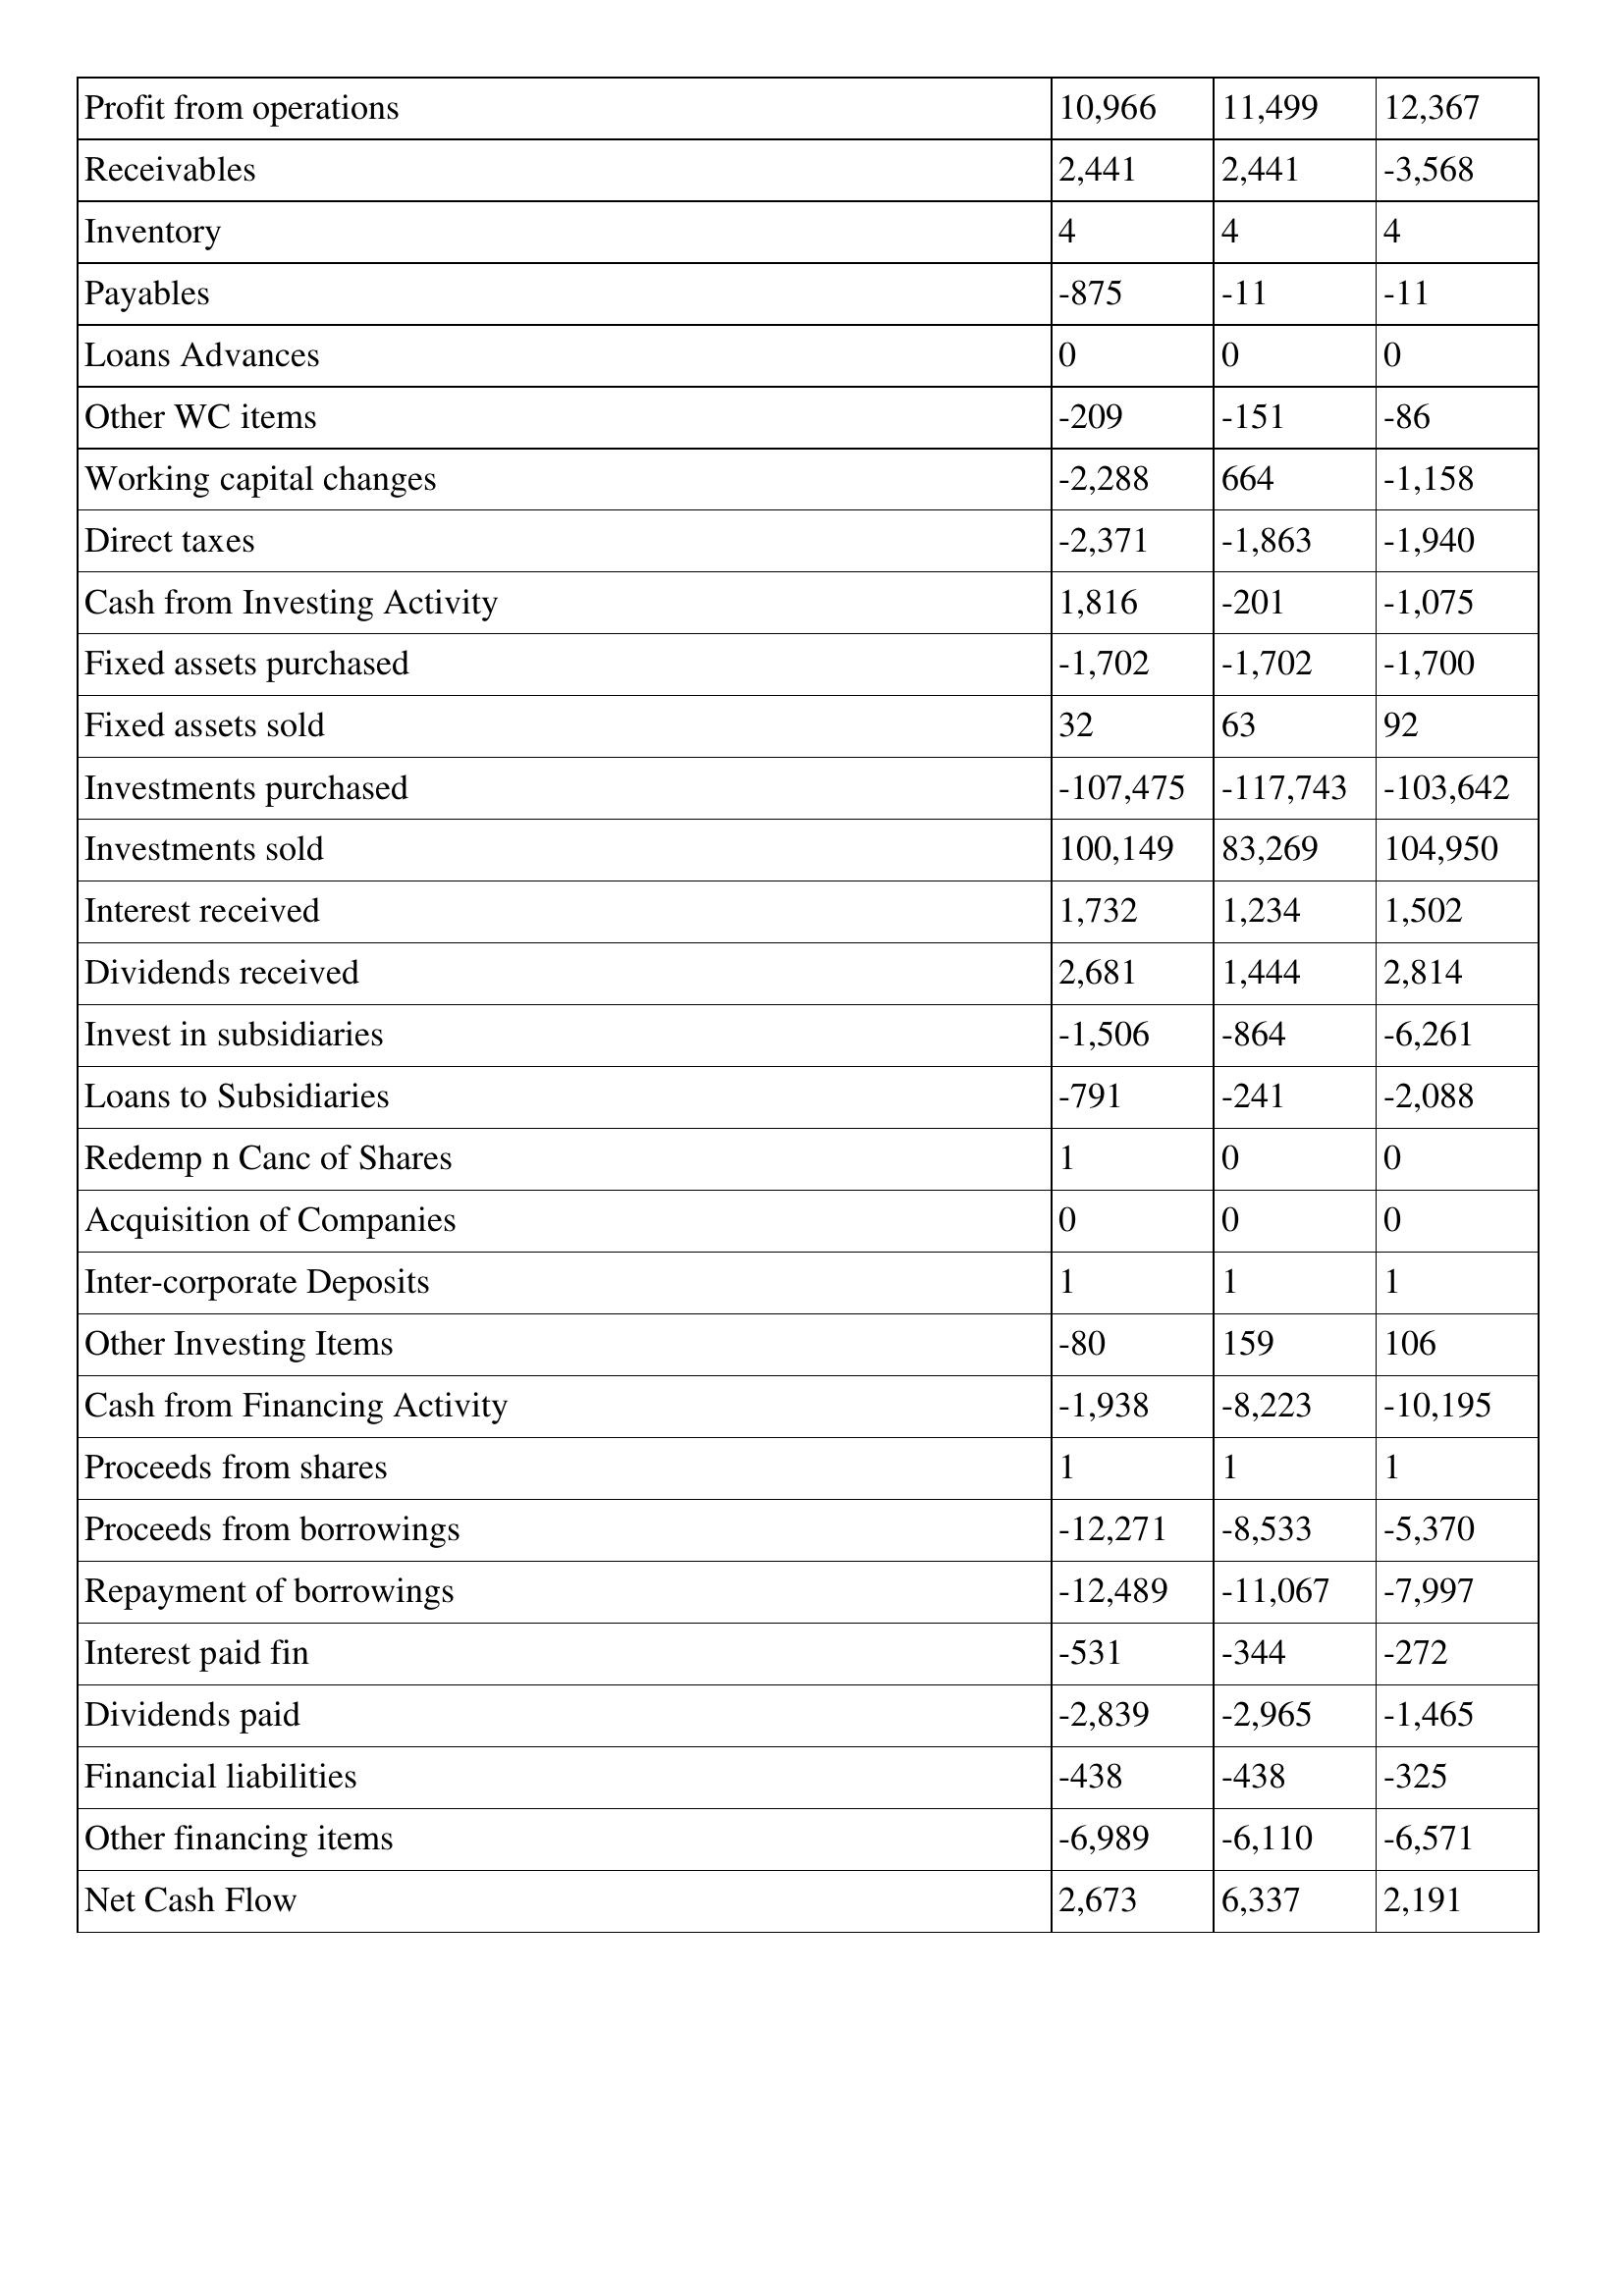
gt_parse: May-92: Cash Flows: Profit from operations: 10,966
Receivables: 2,441
Inventory: 4
Payables: -875
Loans Advances: 0
Other WC items: -209
Working capital changes: -2,288
Direct taxes: -2,371
Cash from Investing Activity: 1,816
Fixed assets purchased: -1,702
Fixed assets sold: 32
Investments purchased: -107,475
Investments sold: 100,149
Interest received: 1,732
Dividends received: 2,681
Invest in subsidiaries: -1,506
Loans to Subsidiaries: -791
Redemp n Canc of Shares: 1
Acquisition of Companies: 0
Inter-corporate Deposits: 1
Other Investing Items: -80
Cash from Financing Activity: -1,938
Proceeds from shares: 1
Proceeds from borrowings: -12,271
Repayment of borrowings: -12,489
Interest paid fin: -531
Dividends paid: -2,839
Financial liabilities: -438
Other financing items: -6,989
Net Cash Flow: 2,673
May-91: Cash Flows: Profit from operations: 11,499
Receivables: 2,441
Inventory: 4
Payables: -11
Loans Advances: 0
Other WC items: -151
Working capital changes: 664
Direct taxes: -1,863
Cash from Investing Activity: -201
Fixed assets purchased: -1,702
Fixed assets sold: 63
Investments purchased: -117,743
Investments sold: 83,269
Interest received: 1,234
Dividends received: 1,444
Invest in subsidiaries: -864
Loans to Subsidiaries: -241
Redemp n Canc of Shares: 0
Acquisition of Companies: 0
Inter-corporate Deposits: 1
Other Investing Items: 159
Cash from Financing Activity: -8,223
Proceeds from shares: 1
Proceeds from borrowings: -8,533
Repayment of borrowings: -11,067
Interest paid fin: -344
Dividends paid: -2,965
Financial liabilities: -438
Other financing items: -6,110
Net Cash Flow: 6,337
May-90: Cash Flows: Profit from operations: 12,367
Receivables: -3,568
Inventory: 4
Payables: -11
Loans Advances: 0
Other WC items: -86
Working capital changes: -1,158
Direct taxes: -1,940
Cash from Investing Activity: -1,075
Fixed assets purchased: -1,700
Fixed assets sold: 92
Investments purchased: -103,642
Investments sold: 104,950
Interest received: 1,502
Dividends received: 2,814
Invest in subsidiaries: -6,261
Loans to Subsidiaries: -2,088
Redemp n Canc of Shares: 0
Acquisition of Companies: 0
Inter-corporate Deposits: 1
Other Investing Items: 106
Cash from Financing Activity: -10,195
Proceeds from shares: 1
Proceeds from borrowings: -5,370
Repayment of borrowings: -7,997
Interest paid fin: -272
Dividends paid: -1,465
Financial liabilities: -325
Other financing items: -6,571
Net Cash Flow: 2,191